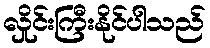
လှိုင်းကြီးနိုင်ပါသည်